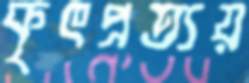
কৃৎপ্রত্যয়